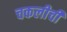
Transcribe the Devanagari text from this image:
चकलीची